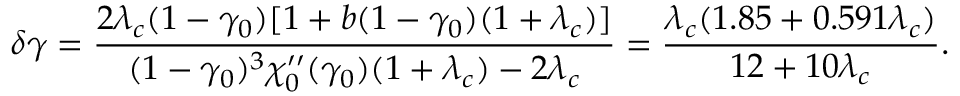
\delta \gamma = \frac { 2 \lambda _ { c } ( 1 - \gamma _ { 0 } ) [ 1 + b ( 1 - \gamma _ { 0 } ) ( 1 + \lambda _ { c } ) ] } { ( 1 - \gamma _ { 0 } ) ^ { 3 } \chi _ { 0 } ^ { \prime \prime } ( \gamma _ { 0 } ) ( 1 + \lambda _ { c } ) - 2 \lambda _ { c } } = \frac { \lambda _ { c } ( 1 . 8 5 + 0 . 5 9 1 \lambda _ { c } ) } { 1 2 + 1 0 \lambda _ { c } } .